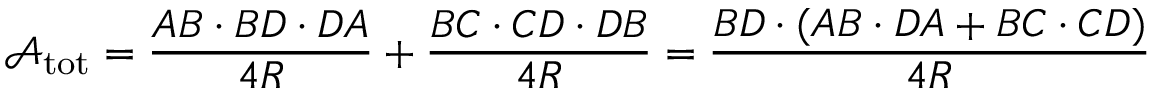
{ \mathcal { A } } _ { \mathrm { t o t } } = { \frac { A B \cdot B D \cdot D A } { 4 R } } + { \frac { B C \cdot C D \cdot D B } { 4 R } } = { \frac { B D \cdot ( A B \cdot D A + B C \cdot C D ) } { 4 R } }